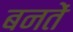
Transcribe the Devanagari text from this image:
बनतें